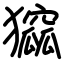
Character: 㺠